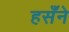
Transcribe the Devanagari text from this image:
हसँने